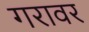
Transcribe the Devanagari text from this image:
गरावर